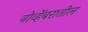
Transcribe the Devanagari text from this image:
नोव्हेंबरातील